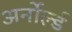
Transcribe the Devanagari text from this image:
अर्नोर्ल्ड